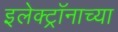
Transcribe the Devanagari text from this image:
इलेक्ट्रॉनाच्या